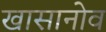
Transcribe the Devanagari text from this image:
खासानोव